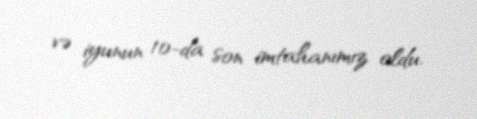
və iyunun 10-da son imtahanımız oldu.